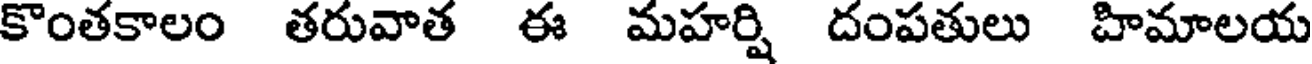
కొంతకాలం తరువాత ఈ మహర్షి దంపతులు హిమాలయ